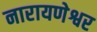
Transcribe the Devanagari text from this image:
नारायणेश्वर